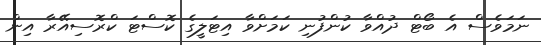
ނަމަވެސް އެ ބޯޓް ދުއްވާ ކުންފުނި ކަމަށްވާ އިޓަލީގެ ކޮސްޓަ ކްރޮސިއޭރާ އިން